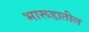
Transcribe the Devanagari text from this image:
भारूडातील